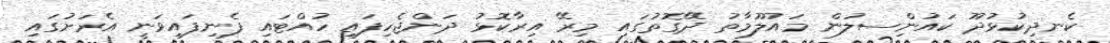
ކެނދިކުޅުދޫ ކައުންިސލުން މައުލޫމާތު ދޭގޮތުގައި މިރޭ އިރާކޮޅު ދަންޖެހިފައި ހުއްޓައި ފެނިފައިވަނީ އެރަށުގައި